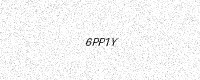
Text: 6PP1Y